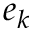
e _ { k }